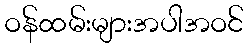
ဝန်ထမ်းများအပါအဝင်